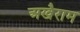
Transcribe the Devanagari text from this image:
अखैराम